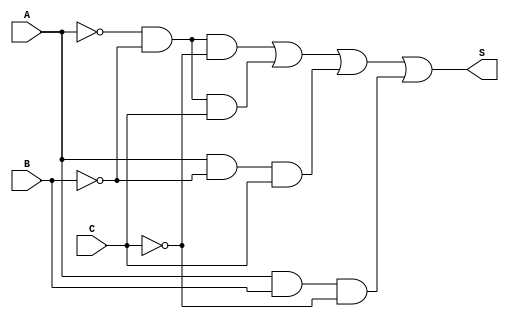
//comparador de um bit usandoa a forma de fluxo de variaveis
module fluxo(S,A,B,C);
//entradas e saidas
input A,B,C;
output S;
//funcao para a saida do circuito
assign S = (~A & ~B & ~C) | (~A & ~B & C) | (A & ~B & C) | (A & B & ~C);

endmodule